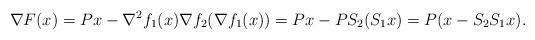
LaTeX: \begin{align*}\nabla F(x) = Px-\nabla^2f_1(x)\nabla f_2(\nabla f_1(x))=Px-PS_2(S_1x)=P(x-S_2S_1x).\end{align*}